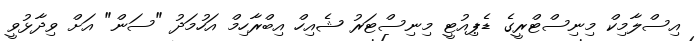
އިސްލާމިކް މިނިސްޓްރީގެ ޑެޕިއުޓީ މިނިސްޓަރު ޝެއިހް އިބްރާހިމް އަހުމަދު "ސަން" އަށް ވިދާޅުވީ